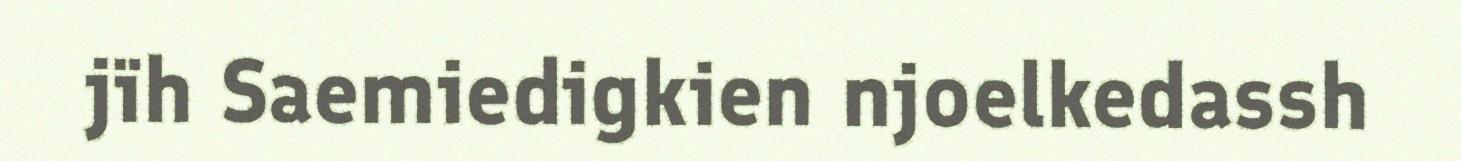
jïh Saemiedigkien njoelkedassh